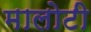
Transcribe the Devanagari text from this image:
मालोटी